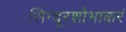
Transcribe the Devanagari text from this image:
सिन्दूरशोभाकरं